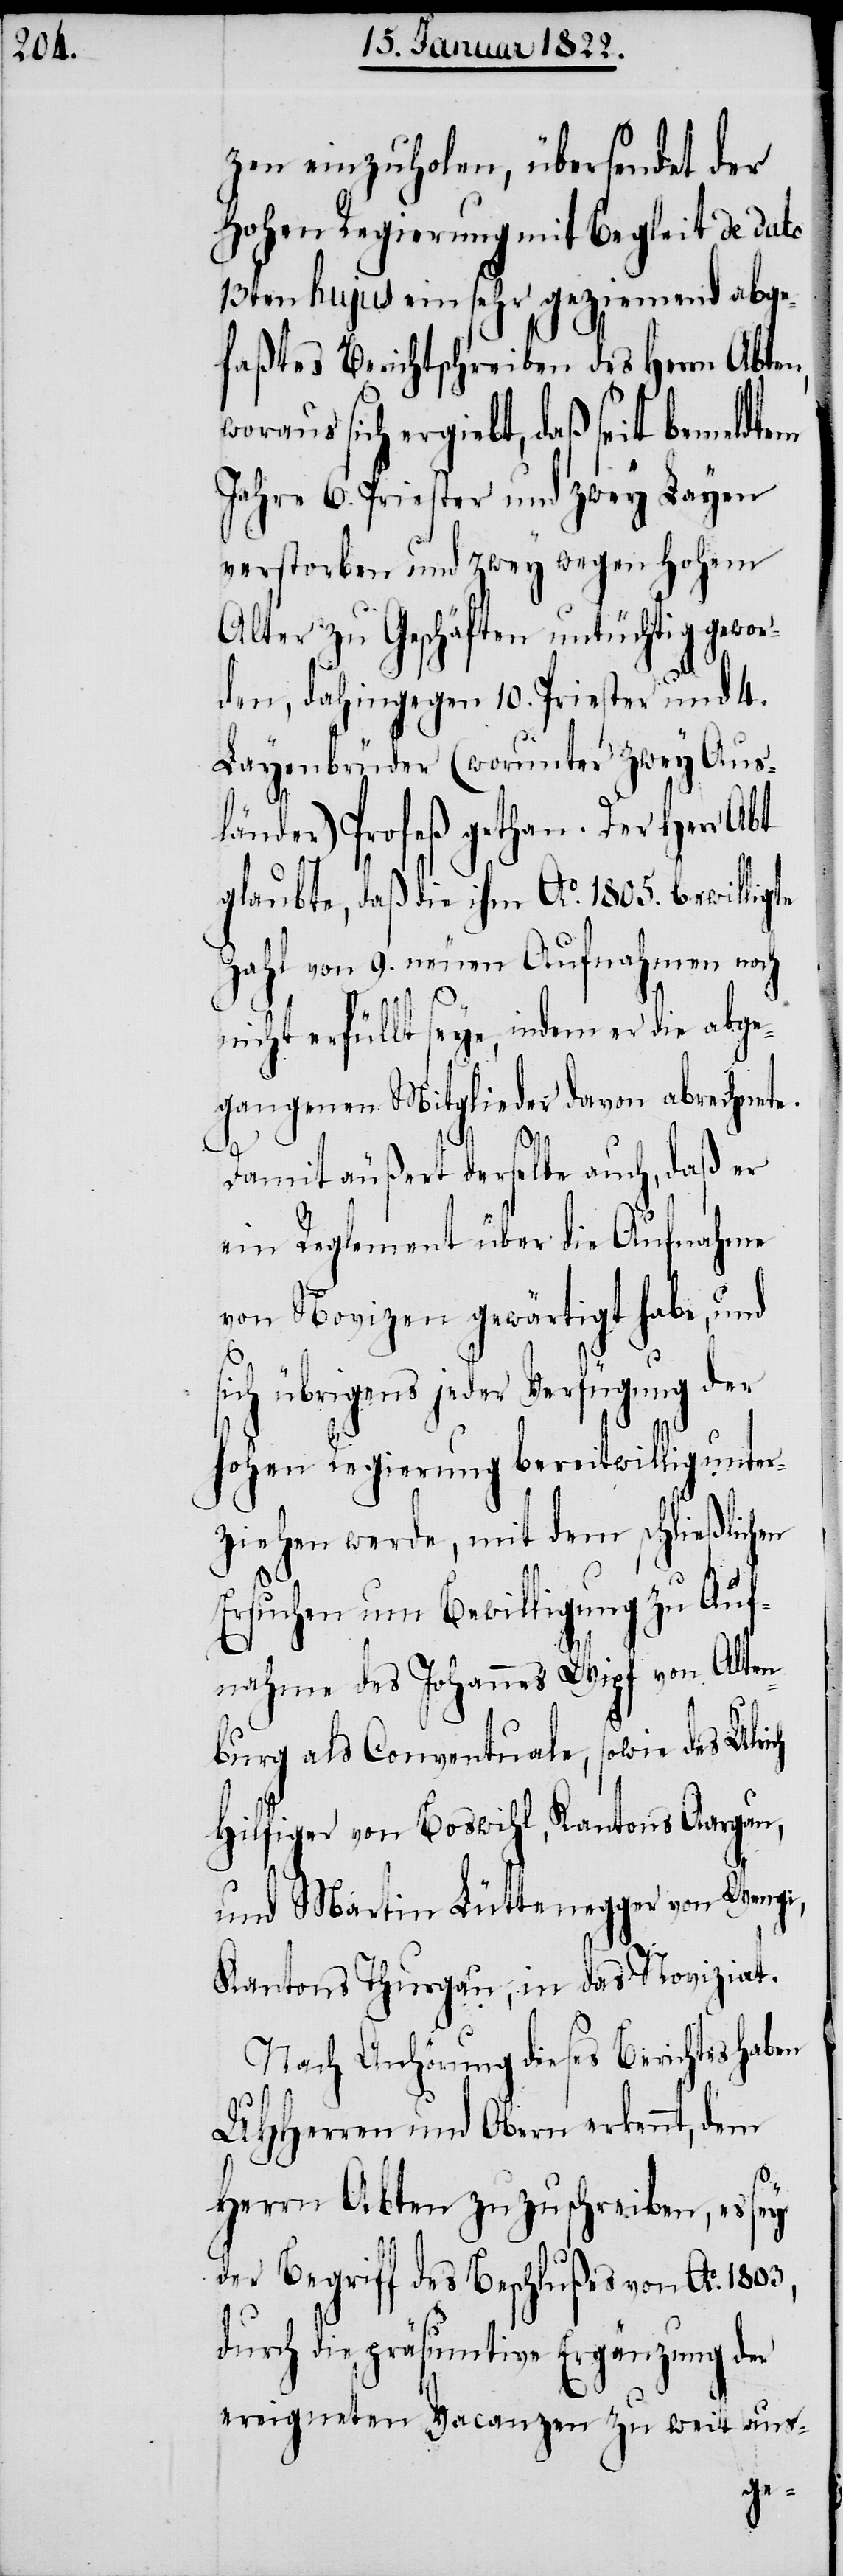
zen einzuholen, übersendet der
Hohen Regierung mit Begleit de dato
13ten hujus ein sehr geziemend abge¬
faßtes Berichtschreiben des Herrn Abte¬
woraus sich ergiebt, daß seit bemeldtem
Jahre 6. Priester und zwey Layen
verstorben und zwey wegen hohem
Alter zu Geschäften untüchtig gewor¬
den, dahingegen 10. Priester und 4.
Layenbrüder (worunter zwey Aus¬
länder) Profeß gethan. Der Herr Abt
glaubte, daß die ihm Ao. 1805. bewilligte
Zahl von 9. neuen Aufnahmen noch
nicht erfüllt seye, indem er die abge¬
gangenen Mitglieder davon abrechnete.
Damit äußert derselbe auch, daß er
ein Reglement über die Aufnahme
von Novizen gewärtigt habe, und
sich übrigens jeder Verfügung der
Hohen Regierung bereitwillig unter¬
ziehen werde, mit dem schließlichen
Ersuchen um Bewilligung zu Auf¬
nahme des Johannes Wipf von Alten¬
burg als Conventuale, sowie des Ulri¬
Hilfiger von Boswihl, Kantons Aargau,
und Martin Lüttenegger von Wengi,
Kantons Thurgau, in das Noviziat.
Nach Anhörung dieses Berichts haben
UHHerren und Obern erkennt, dem
Herrn Abten zuzuschreiben, es sey
der Begriff des Beschlußes von Ao. 1803,
durch die präsumtive Ergänzung der
ereigneten Vacanzen zu weit aus-
ch